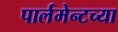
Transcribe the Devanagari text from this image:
पार्लमेन्टच्या